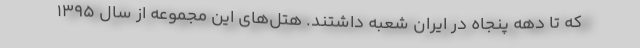
که تا دهه پنجاه در ایران شعبه داشتند. هتل‌های این مجموعه از سال ۱۳۹۵